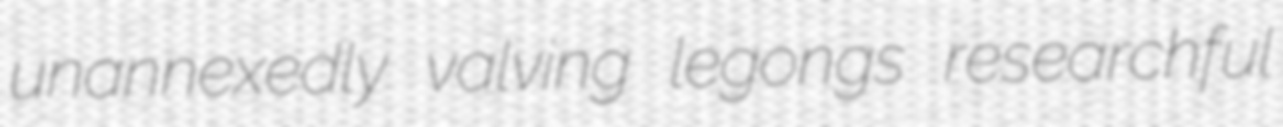
unannexedly valving legongs researchful